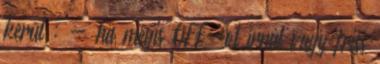
kerül : - ha mégis OFF-ot írnál vagy friss